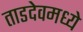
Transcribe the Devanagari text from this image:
ताडदेवमध्ये